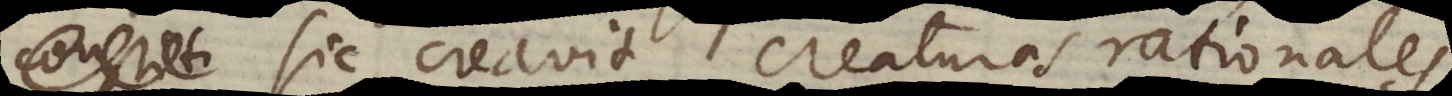
sic creavit creaturas rationales,